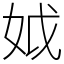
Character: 𡛟